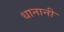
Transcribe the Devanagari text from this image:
धानानी